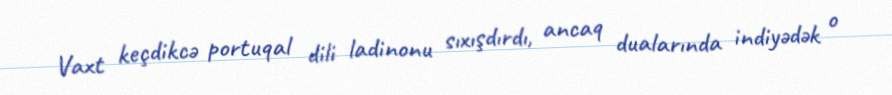
Vaxt keçdikcə portuqal dili ladinonu sıxışdırdı, ancaq dualarında indiyədək o